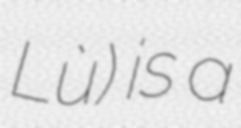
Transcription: Lù) is a